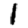
Digit: 1